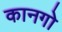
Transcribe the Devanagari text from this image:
कानगो